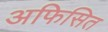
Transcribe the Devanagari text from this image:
अफिसित